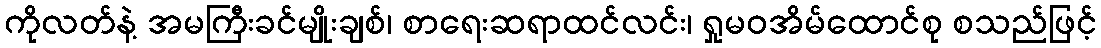
ကိုလတ်နဲ့ အမကြီးခင်မျိုးချစ်၊ စာရေးဆရာထင်လင်း၊ ရှုမဝအိမ်ထောင်စု စသည်ဖြင့်